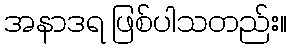
အနာဒရ ဖြစ်ပါသတည်း။